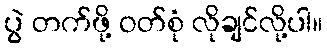
ပွဲ တက်ဖို့ ဝတ်စုံ လိုချင်လို့ပါ။